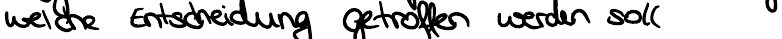
welche Entscheidung getroffen werden soll